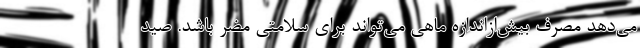
می‌دهد مصرف بیش‌از‌اندازه ماهی می‌تواند برای سلامتی مضر باشد. صید